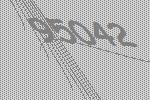
95042